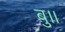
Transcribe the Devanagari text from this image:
बु।।